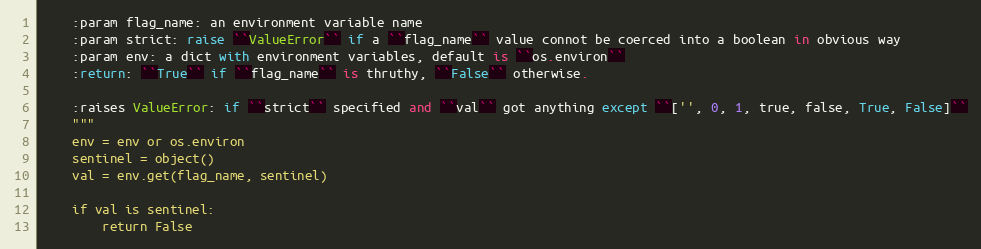
Language: Python
    :param flag_name: an environment variable name
    :param strict: raise ``ValueError`` if a ``flag_name`` value connot be coerced into a boolean in obvious way
    :param env: a dict with environment variables, default is ``os.environ``
    :return: ``True`` if ``flag_name`` is thruthy, ``False`` otherwise.

    :raises ValueError: if ``strict`` specified and ``val`` got anything except ``['', 0, 1, true, false, True, False]``
    """
    env = env or os.environ
    sentinel = object()
    val = env.get(flag_name, sentinel)

    if val is sentinel:
        return False